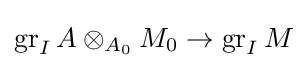
\operatorname {gr} _{I}A\otimes _{A_{0}}M_{0}\to \operatorname {gr} _{I}M